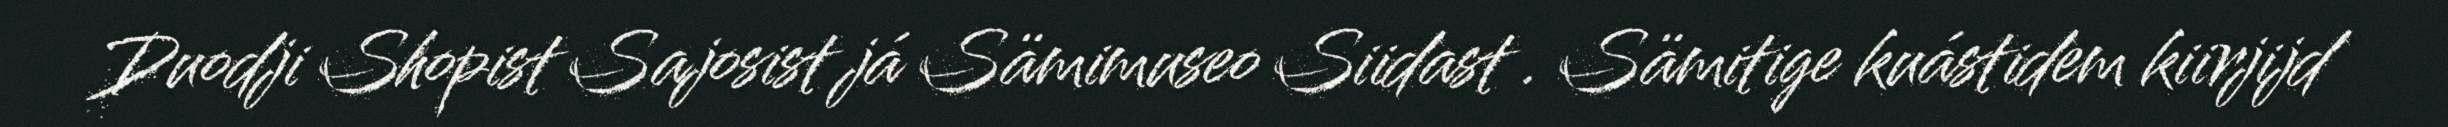
Duodji Shopist Sajosist já Sämimuseo Siidast . Sämitige kuástidem kiirjijd